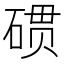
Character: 𮀪